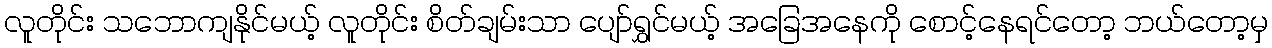
လူတိုင်း သဘောကျနိုင်မယ့် လူတိုင်း စိတ်ချမ်းသာ ပျော်ရွှင်မယ့် အခြေအနေကို စောင့်နေရင်တော့ ဘယ်တော့မှ